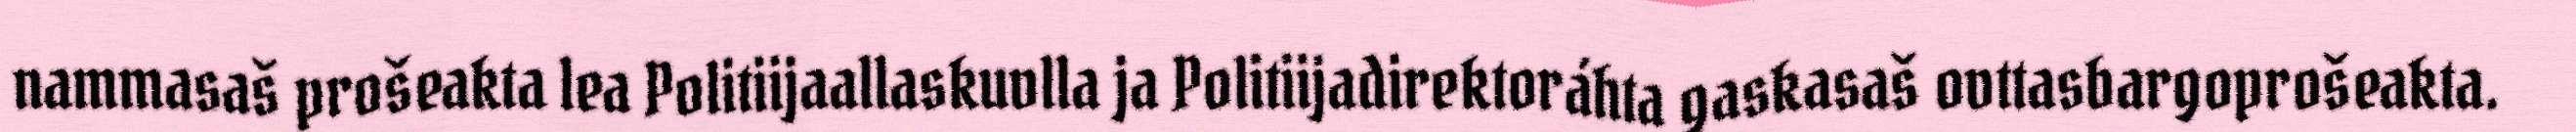
nammasaš prošeakta lea Politiijaallaskuvlla ja Politiijadirektoráhta gaskasaš ovttasbargoprošeakta.